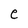
Character: e